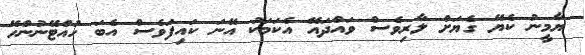
ޔާމީނު ކެޔޭ ގެޔަށް ލާރިވެސް ވައްދައޭ އެކަމަކު އޭނަ ކައިފަވެސް އެބަ ހުއްޓޭނުންހޭ